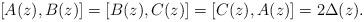
LaTeX: \begin{gather*} [A(z),B(z)]=[B(z), C(z)]=[C(z), A(z)]=2\Delta(z).\end{gather*}